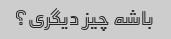
باشه چیز دیگری؟